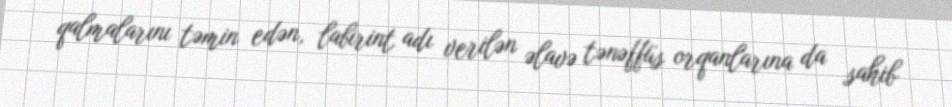
qalmalarını təmin edən, labirint adı verilən əlavə tənəffüs orqanlarına da sahib